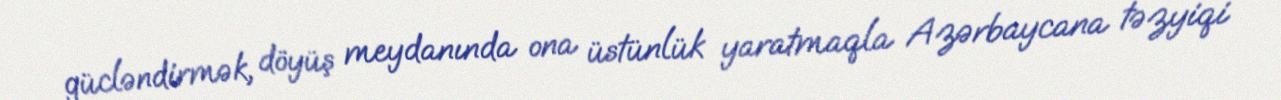
gücləndirmək, döyüş meydanında ona üstünlük yaratmaqla Azərbaycana təzyiqi